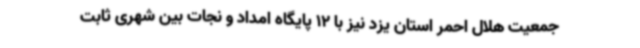
جمعیت هلال احمر استان یزد نیز با 12 پایگاه امداد و نجات بین شهری ثابت